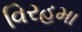
વિરહમા